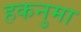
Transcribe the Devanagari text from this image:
हकनुमा